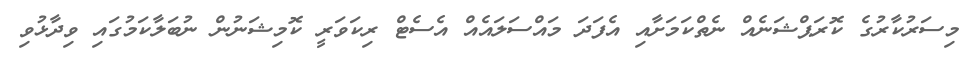
މިސަރުކާރުގެ ކޮރަޕްޝަނެއް ނެތްކަމަށާއި އެފަދަ މައްސަލައެއް އެސެޓް ރިކަވަރީ ކޮމިޝަނުން ނުބަލާކަމުގައި ވިދާޅުވި